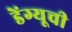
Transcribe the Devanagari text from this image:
डेंग्यूची